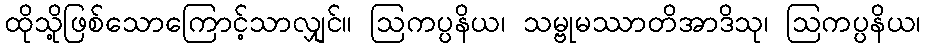
ထိုသို့ဖြစ်သောကြောင့်သာလျှင်။ ဩကပ္ပနိယ၊ သမ္ဗုမဿာတိအာဒိသု၊ ဩကပ္ပနိယ၊